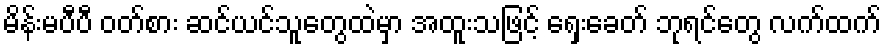
မိန်းမပီပီ ဝတ်စား ဆင်ယင်သူတွေထဲမှာ အထူးသဖြင့် ရှေးခေတ် ဘုရင်တွေ လက်ထက်